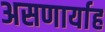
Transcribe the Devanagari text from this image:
असणार्याह